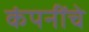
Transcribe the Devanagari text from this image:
कंपनींचे